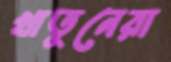
খাতুনেরা